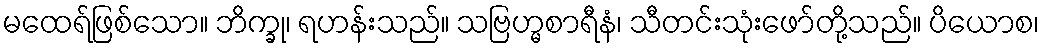
မထေရ်ဖြစ်သော။ ဘိက္ခု၊ ရဟန်းသည်။ သဗြဟ္မစာရီနံ၊ သီတင်းသုံးဖော်တို့သည်။ ပိယောစ၊